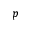
p